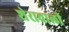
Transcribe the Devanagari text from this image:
शेरावाली